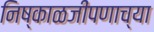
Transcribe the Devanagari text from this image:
निष्काळजीपणाच्या